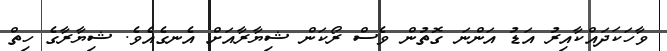
ވާހަކަދައްކާއިރު އަޑު އަންނަ ގޮތުން ވެސް ރޯކަން ޝިޔާރާއަށް އެނގެއެވެ. ޝިޔާރާގެ ހިތް